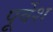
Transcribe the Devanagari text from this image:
पूर्वेश